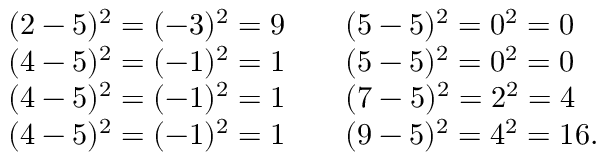
\begin{array} { l l l } { ( 2 - 5 ) ^ { 2 } = ( - 3 ) ^ { 2 } = 9 } & { } & { ( 5 - 5 ) ^ { 2 } = 0 ^ { 2 } = 0 } \\ { ( 4 - 5 ) ^ { 2 } = ( - 1 ) ^ { 2 } = 1 } & { } & { ( 5 - 5 ) ^ { 2 } = 0 ^ { 2 } = 0 } \\ { ( 4 - 5 ) ^ { 2 } = ( - 1 ) ^ { 2 } = 1 } & { } & { ( 7 - 5 ) ^ { 2 } = 2 ^ { 2 } = 4 } \\ { ( 4 - 5 ) ^ { 2 } = ( - 1 ) ^ { 2 } = 1 } & { } & { ( 9 - 5 ) ^ { 2 } = 4 ^ { 2 } = 1 6 . } \end{array}